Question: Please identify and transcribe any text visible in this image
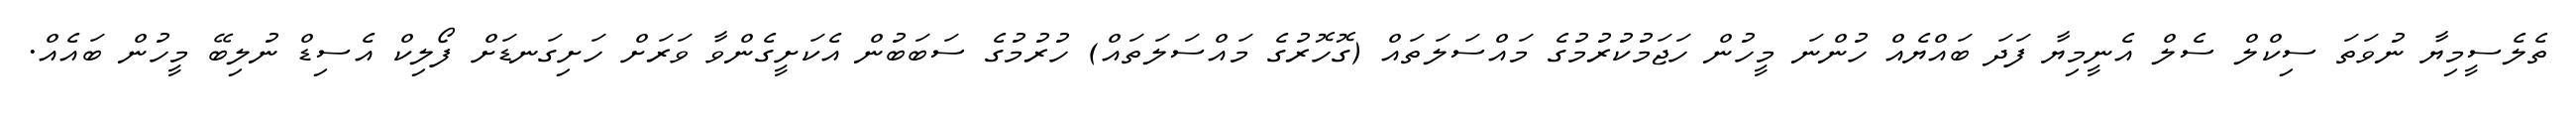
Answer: ތެލެސީމިޔާ ނުވަތަ ސިކްލް ސެލް އެނީމިޔާ ފަދަ ބައްޔެއް ހުންނަ މީހުން ހަޖަމުކުރުމުގެ މައްސަލަތައް (ގޮހޮރުގެ މައްސަލަތައް) ހުރުމުގެ ސަބަބުން އެކަށީގެންވާ ވަރަށް ހަށިގަނޑަށް ފޯލިކް އެސިޑް ނުލިބޭ މީހުން ބައެއް.